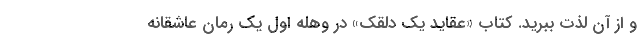
و از آن لذت ببرید. کتاب «عقاید یک دلقک» در وهله اول یک رمان عاشقانه